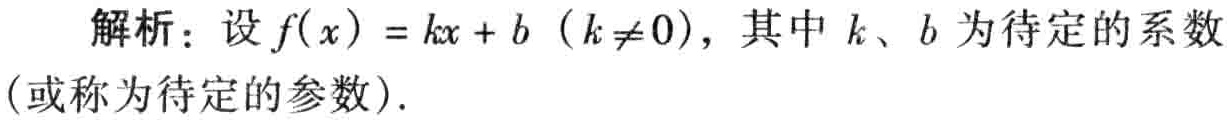
解析：设\(f(x)=kx + b\)（\(k\neq0\)），其中\(k\)、\(b\)为待定的系数（或称为待定的参数）.